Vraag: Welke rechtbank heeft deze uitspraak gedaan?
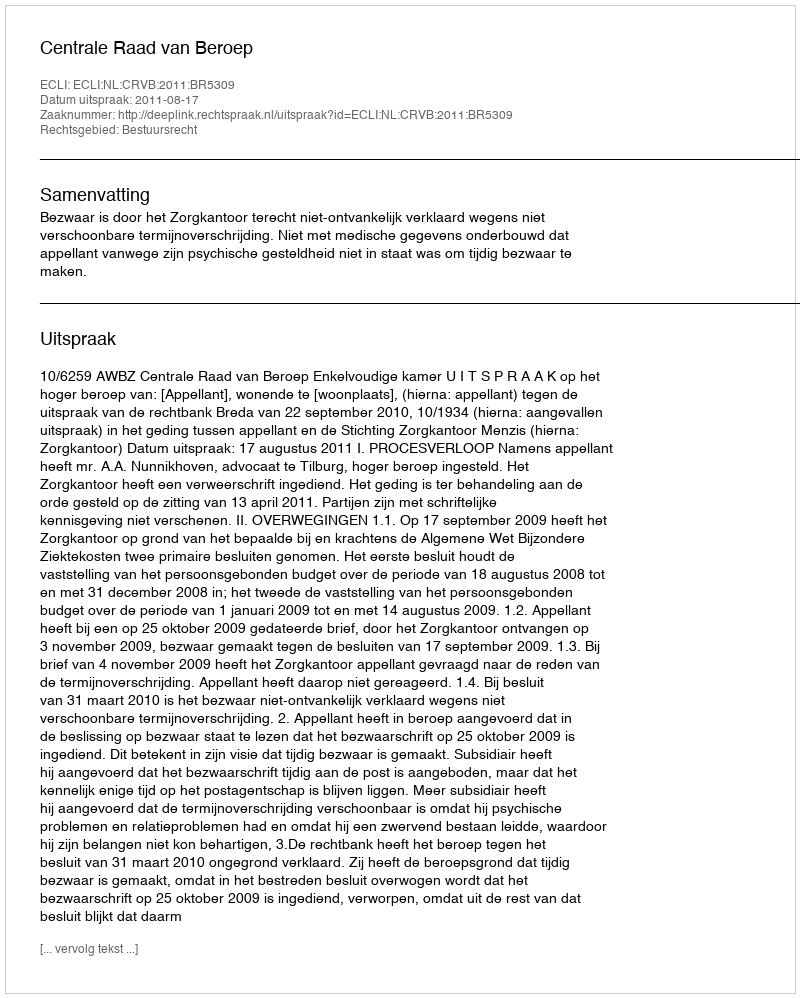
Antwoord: Centrale Raad van Beroep